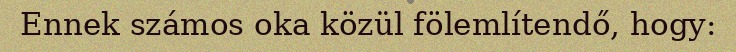
Ennek számos oka közül fölemlítendő, hogy: